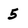
Character: 5